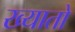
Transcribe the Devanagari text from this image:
ख्यातो